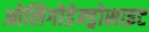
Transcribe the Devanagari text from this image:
ओलिगोडेन्ड्रोसाइट